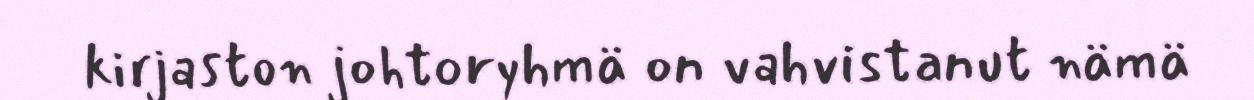
kirjaston johtoryhmä on vahvistanut nämä